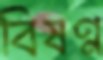
বিষণ্ণ